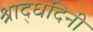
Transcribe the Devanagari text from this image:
श्राद्धदिनी